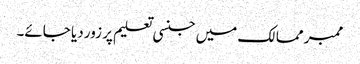
ممبر ممالک میں جنسی تعلیم پر زور دیا جائے۔